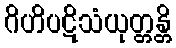
ဂိဟိပဋိသံယုတ္တန္တိ